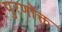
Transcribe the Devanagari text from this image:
पुरणोक्त